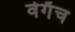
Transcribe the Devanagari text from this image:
वेगॅच